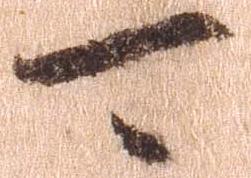
可